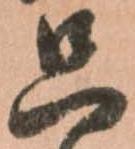
只